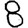
Digit: 8